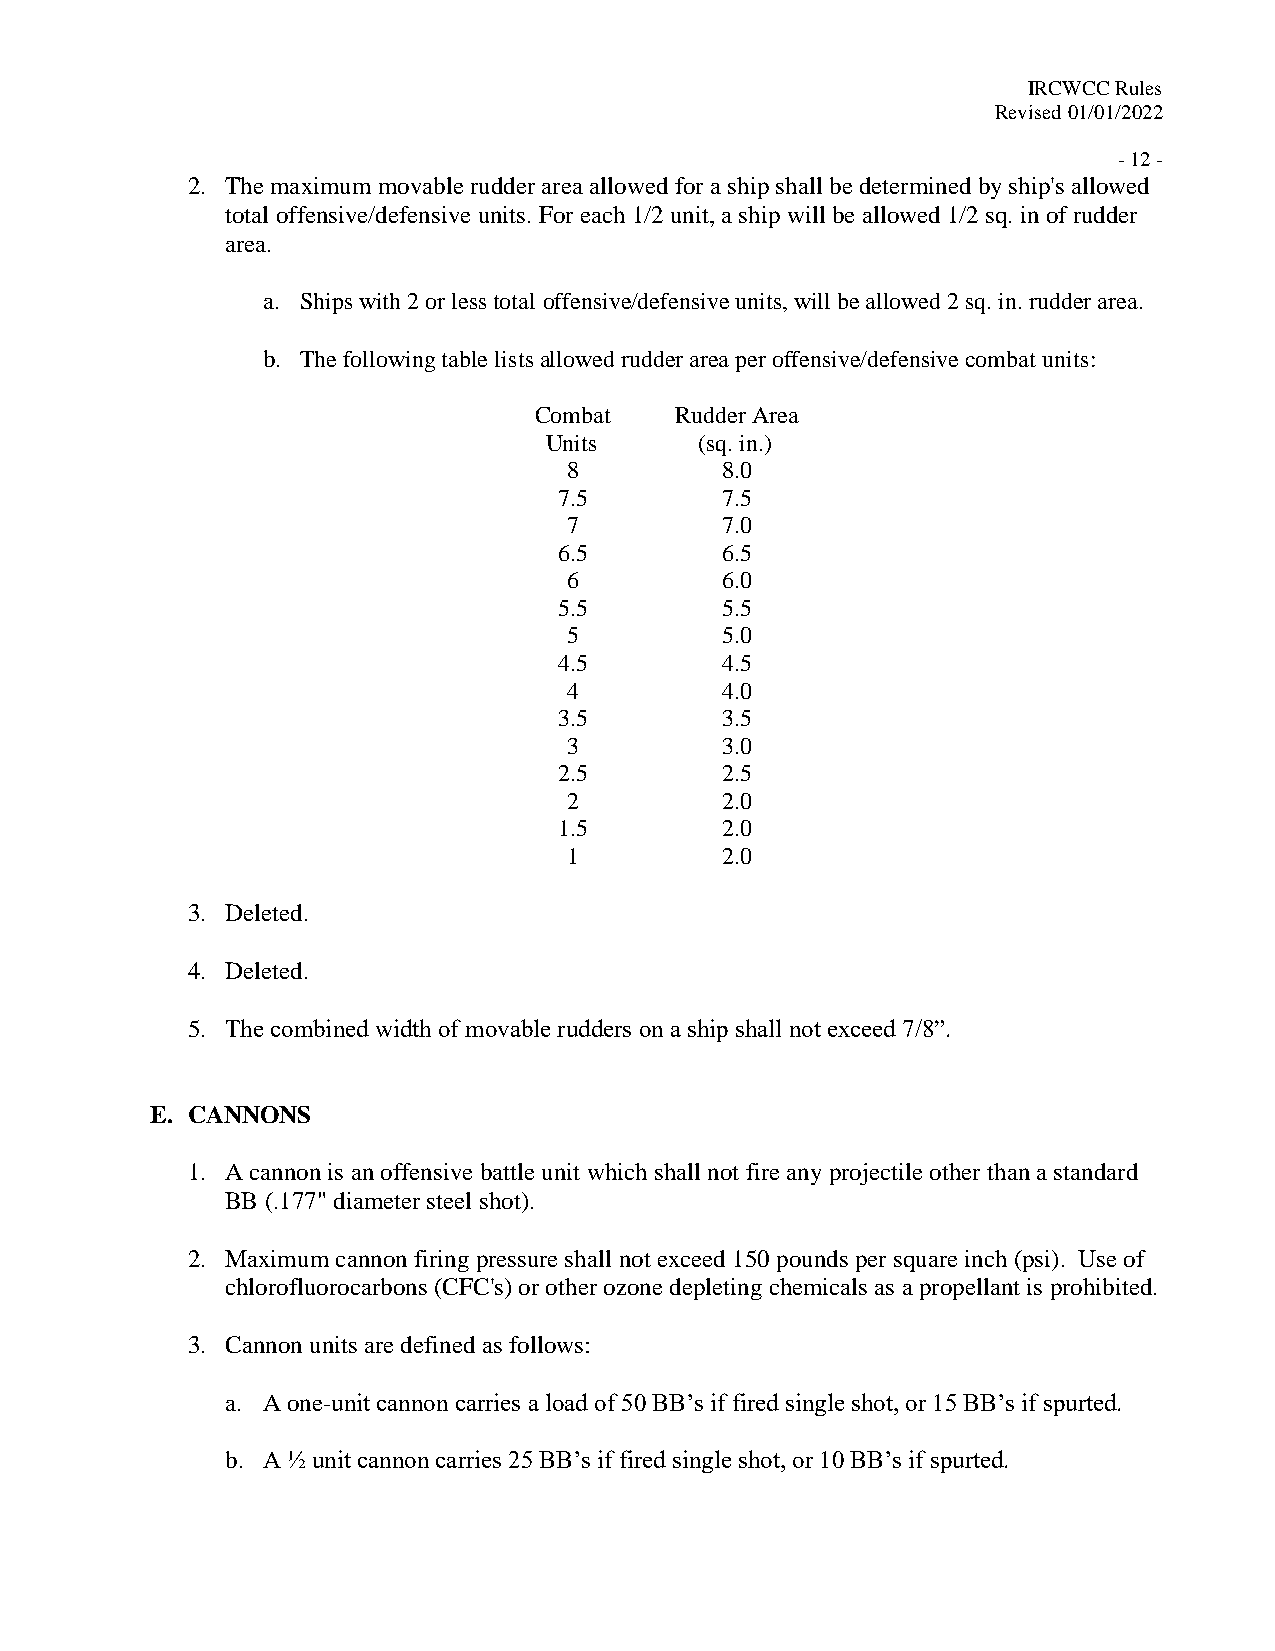
IRCWCC Rules
 Revised 01/01/2022
 - 12 -
 2. The maximum movable rudder area allowed for a ship shall be determined by ship's allowed
 total offensive/defensive units. For each 1/2 unit, a ship will be allowed 1/2 sq. in of rudder
 area.
 a. Ships with 2 or less total offensive/defensive units, will be allowed 2 sq. in. rudder area.
 b. The following table lists allowed rudder area per offensive/defensive combat units:
 Combat    Rudder Area
 Units     (sq. in.)
 8         8.0
 7.5        7.5
 7         7.0
 6.5        6.5
 6         6.0
 5.5        5.5
 5         5.0
 4.5        4.5
 4         4.0
 3.5        3.5
 3         3.0
 2.5        2.5
 2         2.0
 1.5        2.0
 1         2.0
 3. Deleted.
 4. Deleted.
 5. The combined width of movable rudders on a ship shall not exceed 7/8”.
 E. CANNONS
 1. A cannon is an offensive battle unit which shall not fire any projectile other than a standard
 BB (.177" diameter steel shot).
 2. Maximum cannon firing pressure shall not exceed 150 pounds per square inch (psi). Use of
 chlorofluorocarbons (CFC's) or other ozone depleting chemicals as a propellant is prohibited.
 3. Cannon units are defined as follows:
 a. A one-unit cannon carries a load of 50 BB’s if fired single shot, or 15 BB’s if spurted.
 b. A ½ unit cannon carries 25 BB’s if fired single shot, or 10 BB’s if spurted.